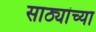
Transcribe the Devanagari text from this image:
साठ्यांच्या